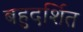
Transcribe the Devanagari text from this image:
बहुदर्शित